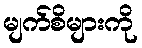
မျက်စိများကို